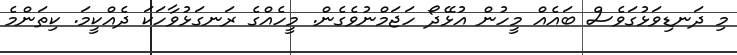
މި ދަނޑިވަޅުގަވެސް ބައެއް މީހުން އުޅޭދޯ ހަޖަމްނުވެގެން. މީހެއްގެ ރަނގަޅުވާހަކަ ދެއްކީމަ. ކިތަންމެ